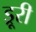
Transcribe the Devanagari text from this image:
ड्रूरी